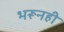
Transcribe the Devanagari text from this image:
भरूनही